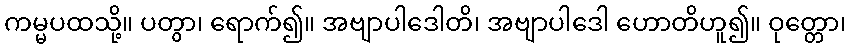
ကမ္မပထသို့။ ပတွာ၊ ရောက်၍။ အဗျာပါဒေါတိ၊ အဗျာပါဒေါ ဟောတိဟူ၍။ ဝုတ္တော၊